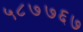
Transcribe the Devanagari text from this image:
५८७७६७